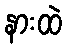
နားထဲ